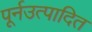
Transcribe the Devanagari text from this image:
पूर्नउत्पादित